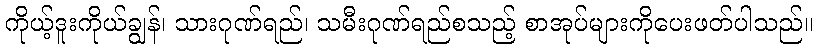
ကိုယ့်ဒူးကိုယ်ချွန်၊ သားဂုဏ်ရည်၊ သမီးဂုဏ်ရည်စသည့် စာအုပ်များကိုပေးဖတ်ပါသည်။